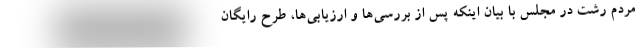
مردم رشت در مجلس با بیان اینکه پس از بررسی‌ها و ارزیابی‌ها، طرح رایگان